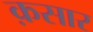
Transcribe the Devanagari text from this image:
क़सार